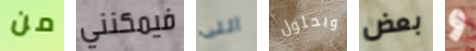
من فيمكنني اللى وبحلول بعض و